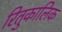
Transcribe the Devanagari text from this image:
रितुकालिक